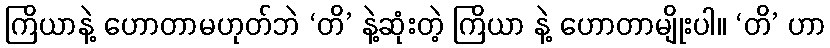
ကြိယာနဲ့ ဟောတာမဟုတ်ဘဲ ‘တိ’ နဲ့ဆုံးတဲ့ ကြိယာ နဲ့ ဟောတာမျိုးပါ။ ‘တိ’ ဟာ